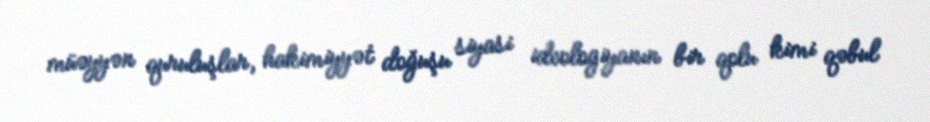
müəyyən quruluşlar, hakimiyyət doğuşu siyasi ideologiyanın bir qolu kimi qəbul